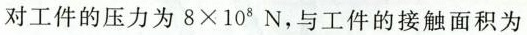
对工件的压力为 $$8 \times 1 0 ^ { 8 } N$$ ，与工件的接触面积为